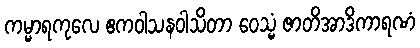
ကမ္မာရကုလေ ဧကဝါသနဝါသိတာ ဝေသ္မံ ဇာတိအာဒိကာရဏံ